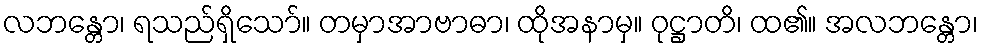
လဘန္တော၊ ရသည်ရှိသော်။ တမှာအာဗာဓာ၊ ထိုအနာမှ။ ဝုဋ္ဌာတိ၊ ထ၏။ အလဘန္တော၊